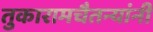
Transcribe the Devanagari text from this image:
तुकारामचैतन्यांनी